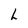
Character: h